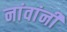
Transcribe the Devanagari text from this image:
नांवांनी